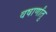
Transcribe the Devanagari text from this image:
वषार्णांतु